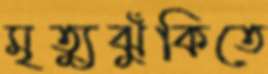
মৃত্যুঝুঁকিতে